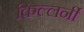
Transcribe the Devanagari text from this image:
किल्लर्नी